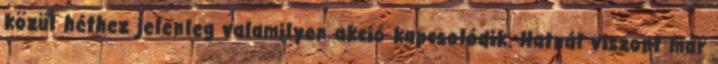
közül héthez jelenleg valamilyen akció kapcsolódik. Hatnál viszont már